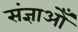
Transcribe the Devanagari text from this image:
संज्ञाओँ